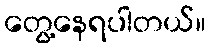
တွေ့နေရပါတယ်။